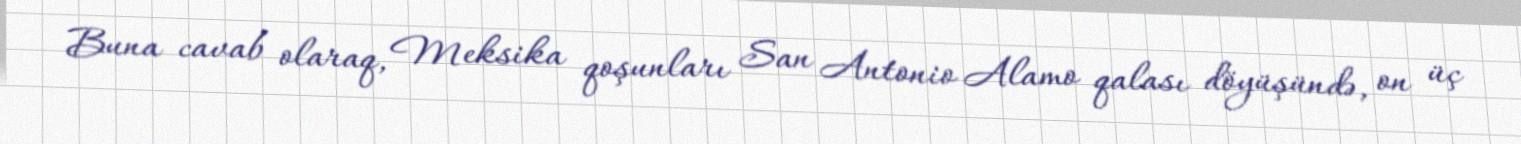
Buna cavab olaraq, Meksika qoşunları San Antonio Alamo qalası döyüşündə, on üç